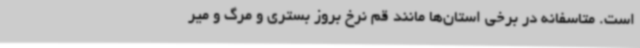
است. متاسفانه در برخی استان‌ها مانند قم نرخ بروز بستری و مرگ و میر